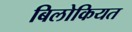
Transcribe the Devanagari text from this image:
बिलोकियत